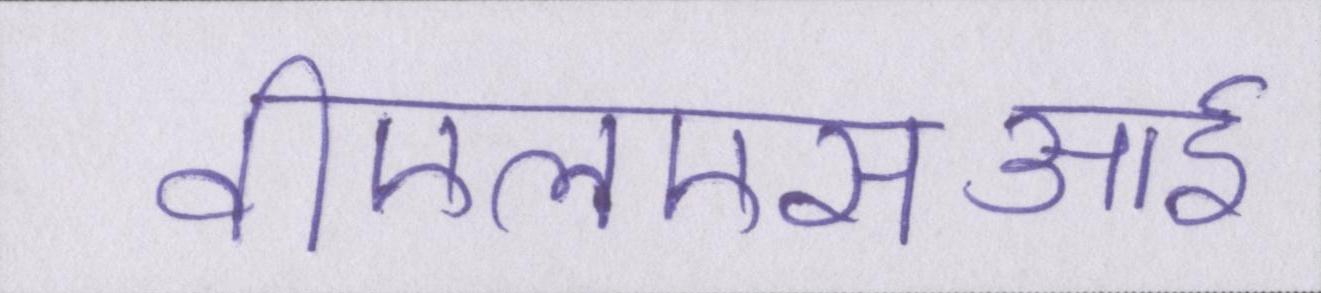
वीएलएसआई